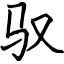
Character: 驭